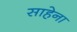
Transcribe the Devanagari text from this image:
साहेना